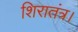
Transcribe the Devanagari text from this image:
शिरातंत्र।